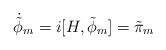
LaTeX: \begin{align*}\dot{\tilde{\phi}}_{m} = i [H,\tilde{\phi}_{m}] = \tilde{\pi}_{m}\end{align*}